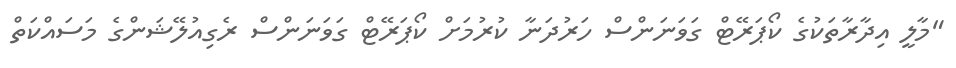
"މާލީ އިދާރާތަކުގެ ކޯޕަރޭޓް ގަވަނަންސް ހަރުދަނާ ކުރުމަށް ކޯޕަރޭޓް ގަވަނަންސް ރެގިއުލޭޝަންގެ މަސައްކަތް